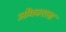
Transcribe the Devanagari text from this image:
ओंकारला